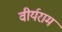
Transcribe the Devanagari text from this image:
वीर्यराम